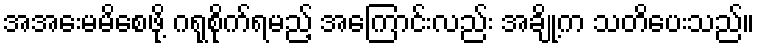
အအေးမမိစေဖို့ ဂရုစိုက်ရမည့် အကြောင်းလည်း အချို့က သတိပေးသည်။